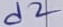
Text: d2